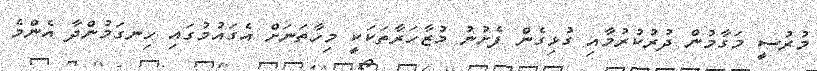
މުރުސީ މަގާމުން ދުރުކުރުމާއި ގުޅިގެން ފެށުނު މުޒާހަރާތަކަކީ މިހާތަނަށް އެގައުމުގައި ހިނގަމުންދާ އެންމެ